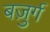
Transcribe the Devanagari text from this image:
बज़ुर्ग